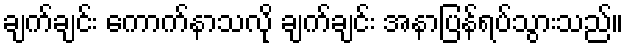
ချက်ချင်း ကောက်နာသလို ချက်ချင်း အနာပြန်ရပ်သွားသည်။